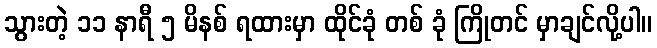
သွားတဲ့ ၁၁ နာရီ ၅ မိနစ် ရထားမှာ ထိုင်ခုံ တစ် ခုံ ကြိုတင် မှာချင်လို့ပါ။